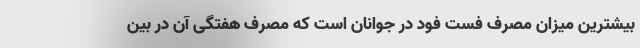
بیشترین میزان مصرف فست فود در جوانان است که مصرف هفتگی آن در بین